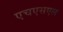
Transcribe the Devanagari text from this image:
एचएसएल